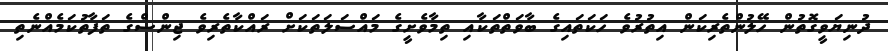
ދުނިޔަވީގޮތުން ހޭލުންތެރިކަން އިތުރުވެ ހަކަތައިގެ ބާވަތްތަކާއި ތިމާވެށީގެ މައްސަލަތަކަށް ރައްކާތެރިވެ ޖިންސްގެ ތަފާތުކަމެއްނެތި